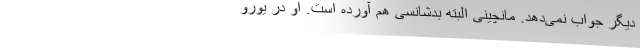
دیگر جواب نمی‌دهد. مانچینی البته بدشانسی هم آورده است. او در یورو